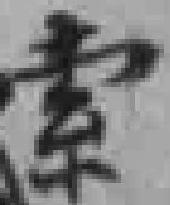
索